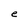
Character: e